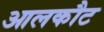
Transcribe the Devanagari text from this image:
आलकौट